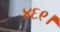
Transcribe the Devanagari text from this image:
४६९।